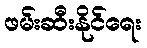
ဖမ်းဆီးနိုင်ရေး